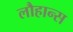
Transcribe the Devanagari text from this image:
लौहान्स